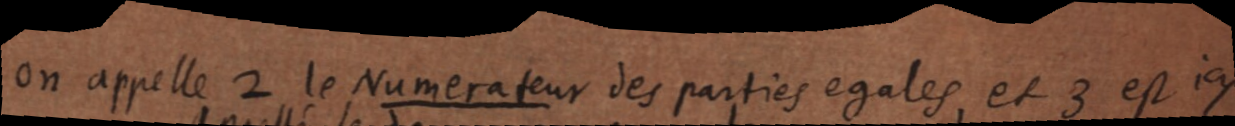
on appelle 2 le Numerateur des parties egales, et 3 est ici